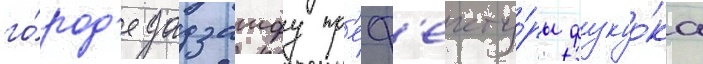
го́род'е дадзаифу пр'еф'екту́ры фукуо́ка